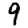
Digit: 9